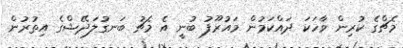
މެޗްގެ ކުރިން ވާހަކަ ދައްކަމުން މައުރޫފު ބުނީ އެ މެޗު ބަނގުލަދޭޝްގެ އިތުރުން